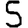
Digit: 5